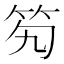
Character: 𥫷